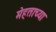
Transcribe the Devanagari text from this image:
मेहताच्या